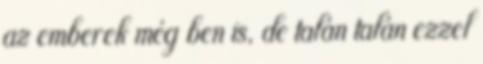
az emberek még ben is, de talán talán ezzel